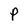
Character: P